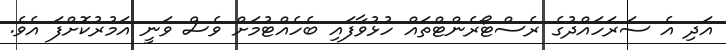
އަދި އެ ސަރަހައްދުގެ ރެސްޓޯރެންޓްތައް ހުޅުވާފައި ބެހެއްޓުމަށް ވެސް ވަނީ އަމުރުކޮށްފަ އެވެ.